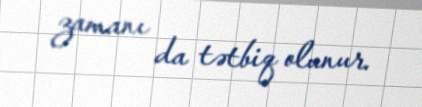
zamanı da tətbiq olunur.